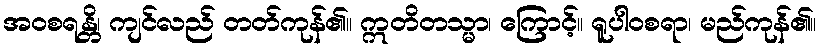
အဝစရန္တိ၊ ကျင်လည် တတ်ကုန်၏။ ဣတိတသ္မာ၊ ကြောင့်။ ရူပါဝစရာ၊ မည်ကုန်၏။